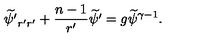
{ \widetilde { \psi ^ { \prime } } } _ { r ^ { \prime } r ^ { \prime } } + { \frac { n - 1 } { r ^ { \prime } } } { \widetilde { \psi ^ { \prime } } } = g { \widetilde { \psi } } ^ { \gamma - 1 } .